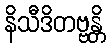
နိသီဒိတဗ္ဗန္တိ